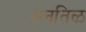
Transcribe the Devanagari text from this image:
रानतिळ